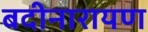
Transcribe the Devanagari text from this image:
बदीनारायण